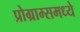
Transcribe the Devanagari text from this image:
प्रोग्राम्समध्ये